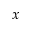
\boldsymbol { x }